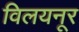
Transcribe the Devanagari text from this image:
विलयनूर